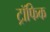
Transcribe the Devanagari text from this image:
ट्रॉफिक